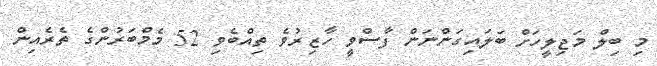
މި ބިލް މަޖިލީހަށް ބަލައިގަންނަން ފާސްވީ ހާޒިރުވެ ތިއްބެވި 52 މެމްބަރުންގެ ތެރެއިން